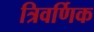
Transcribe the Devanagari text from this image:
त्रिवर्णिक